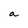
Character: a